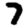
Digit: 7